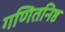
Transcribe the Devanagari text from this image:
गणितनिष्ठ